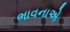
ભાવનાએ